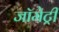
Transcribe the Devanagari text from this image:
जॉमेट्री